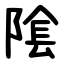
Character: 隂